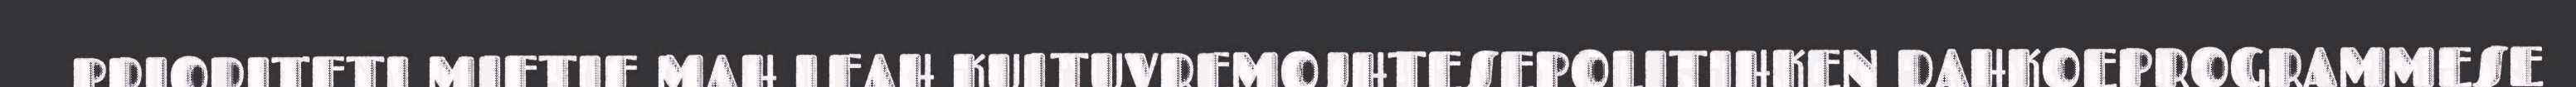
PRIORITETI MIETIE MAH LEAH KULTUVREMOJHTESEPOLITIHKEN DAHKOEPROGRAMMESE